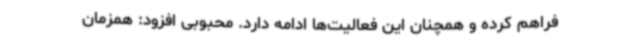
فراهم کرده و همچنان این فعالیت‌ها ادامه دارد. محبوبی افزود: همزمان